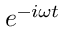
{ e ^ { - i \omega t } }